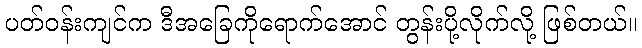
ပတ်ဝန်းကျင်က ဒီအခြေကိုရောက်အောင် တွန်းပို့လိုက်လို့ ဖြစ်တယ်။